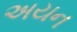
અયન